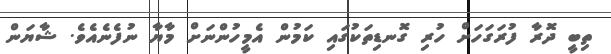
ތިބީ ދޮރާ ފުރަގަހަށް ހުރި ގޮނޑިތަކުގައި ކަމުން އެމީހުންނަށް މާޔާ ނުފެނެއެވެ. ޝާޔަން